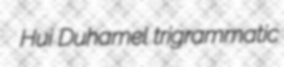
Hui Duhamel trigrammatic